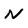
Character: N